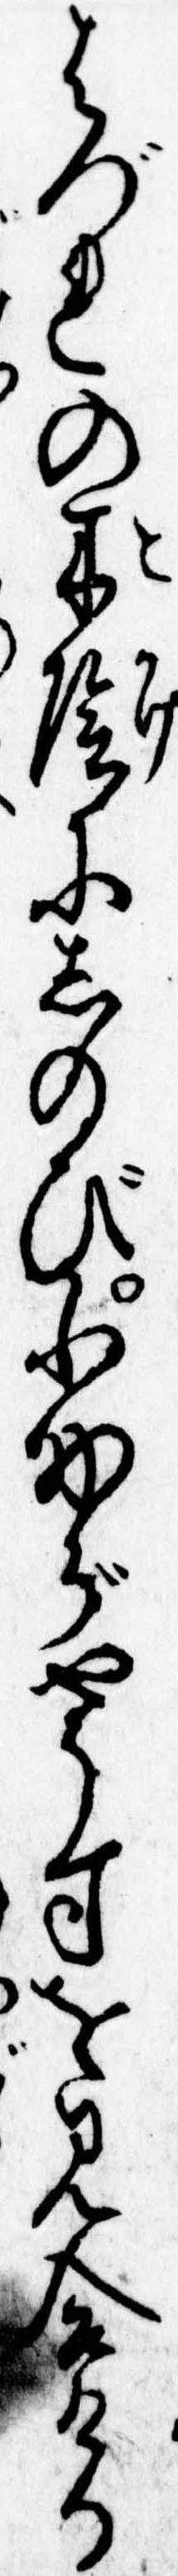
はづれの木陰にしのび小助がやうすを見合ける